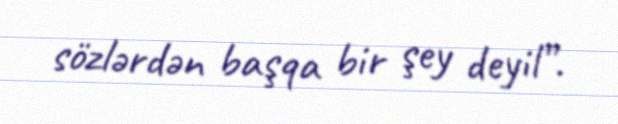
sözlərdən başqa bir şey deyil”.